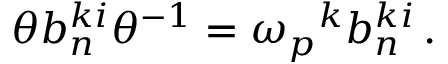
\theta b _ { n } ^ { k i } \theta ^ { - 1 } = { \omega _ { p } } ^ { k } b _ { n } ^ { k i } \, .